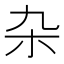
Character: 杂